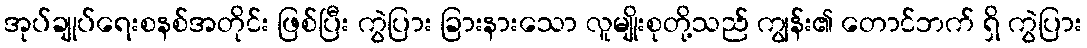
အုပ်ချုပ်ရေးစနစ်အတိုင်း ဖြစ်ပြီး ကွဲပြား ခြားနားသော လူမျိုးစုတို့သည် ကျွန်း၏ တောင်ဘက် ရှိ ကွဲပြား